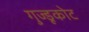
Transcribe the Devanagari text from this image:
गुज्डूकोट